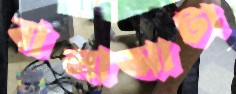
বালাআটা